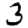
Digit: 3